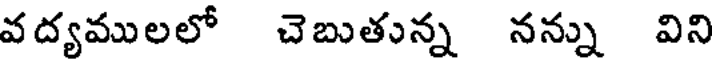
వద్యములలో చెబుతున్న నన్ను విని